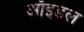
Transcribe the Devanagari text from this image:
ऑइडल